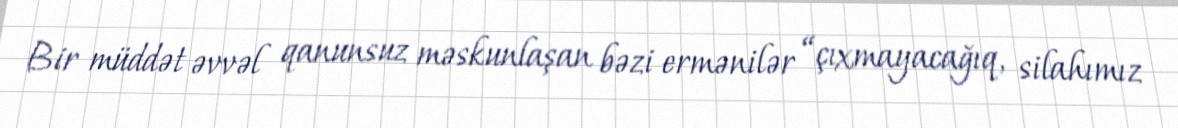
Bir müddət əvvəl qanunsuz məskunlaşan bəzi ermənilər “çıxmayacağıq, silahımız